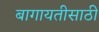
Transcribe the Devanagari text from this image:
बागायतीसाठी